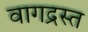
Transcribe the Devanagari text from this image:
वागद्रस्त